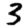
Digit: 3